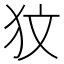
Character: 𤝋